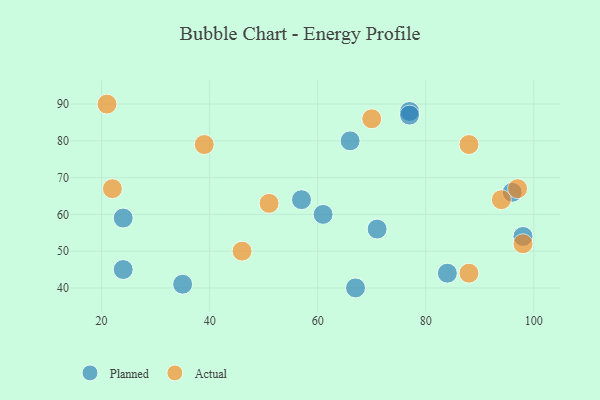
{"axis": {"x": "GDP", "y": "Life Expectancy"}, "legend": ["Actual", "Planned"], "data": [{"x": "24", "y": 45, "type": "Planned"}, {"x": "77", "y": 88, "type": "Planned"}, {"x": "35", "y": 41, "type": "Planned"}, {"x": "66", "y": 80, "type": "Planned"}, {"x": "57", "y": 64, "type": "Planned"}, {"x": "98", "y": 54, "type": "Planned"}, {"x": "71", "y": 56, "type": "Planned"}, {"x": "77", "y": 87, "type": "Planned"}, {"x": "61", "y": 60, "type": "Planned"}, {"x": "84", "y": 44, "type": "Planned"}, {"x": "24", "y": 59, "type": "Planned"}, {"x": "96", "y": 66, "type": "Planned"}, {"x": "67", "y": 40, "type": "Planned"}, {"x": "94", "y": 64, "type": "Actual"}, {"x": "97", "y": 67, "type": "Actual"}, {"x": "70", "y": 86, "type": "Actual"}, {"x": "39", "y": 79, "type": "Actual"}, {"x": "46", "y": 50, "type": "Actual"}, {"x": "88", "y": 79, "type": "Actual"}, {"x": "22", "y": 67, "type": "Actual"}, {"x": "51", "y": 63, "type": "Actual"}, {"x": "21", "y": 90, "type": "Actual"}, {"x": "98", "y": 52, "type": "Actual"}, {"x": "88", "y": 44, "type": "Actual"}]}